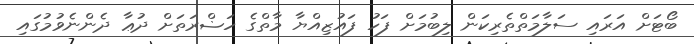
ބޯޓަށް އަރައި ސަލާމަތްތެރިކަން ލިބުމަށް ފަހު ފައުޒިއްޔާ މާތްގެ ހަޟްރަތަށް ދުޢާ ދެންނެވުމުގައި